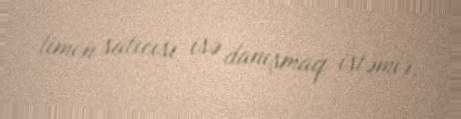
limon satıcısı isə danışmaq istəmir.